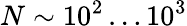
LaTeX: N\sim 10^{2}\dots 10^{3}